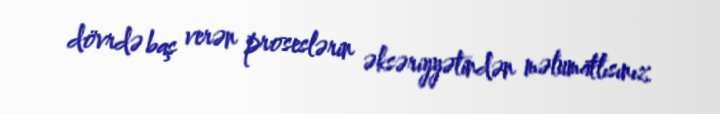
dövrdə baş verən proseslərin əksəriyyətindən məlumatlısınız.